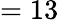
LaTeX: =13